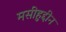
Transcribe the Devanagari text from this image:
मसीहुद्दीन